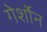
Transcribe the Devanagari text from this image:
गेर्शोन